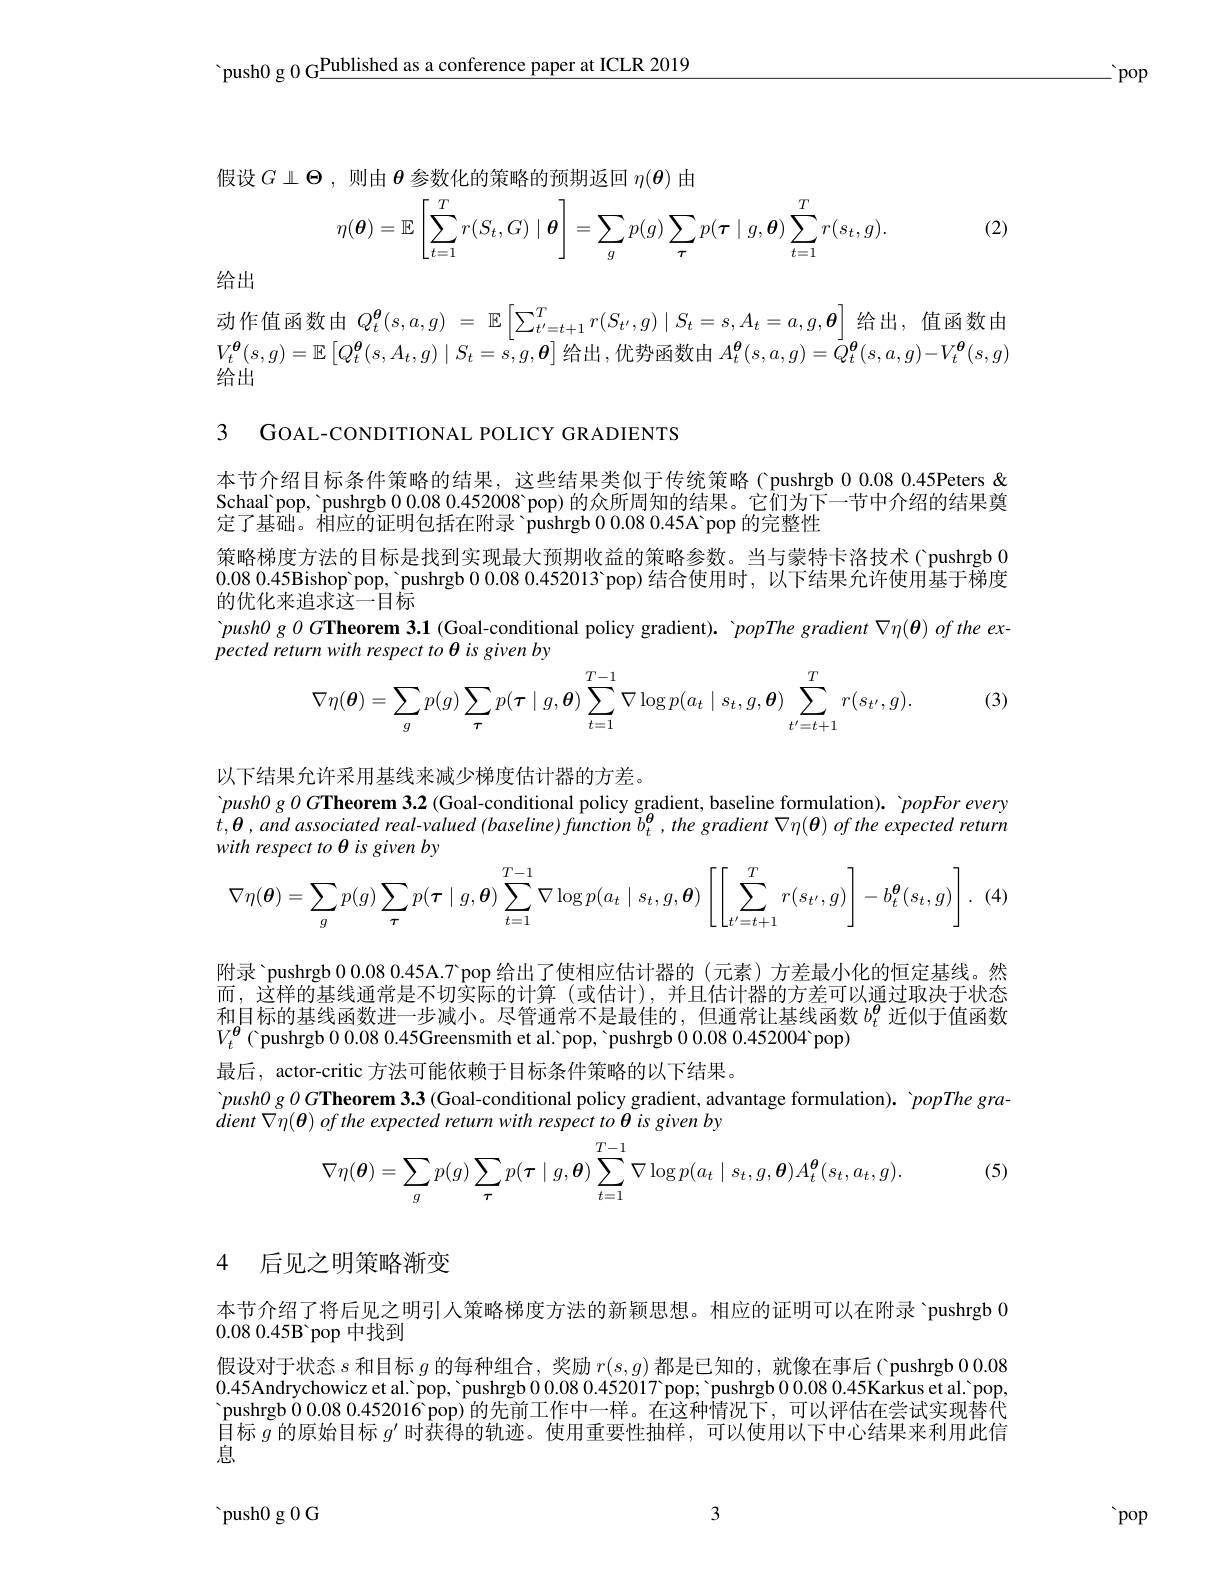
'push0 g 0 G$\underline\text{Published as a conference paper at ICLR 2019}$

$\therefore$pop

假设$G\perp\Theta$,则由$\theta$参数化的策略的预期返回 $\eta(\boldsymbol{\theta})$ 由

(2)
$$\eta(\boldsymbol{\theta})=\mathbb{E}\left[\sum_{t=1}^{T}r(S_{t},G)\mid\boldsymbol{\theta}\right]=\sum_{g}p(g)\sum_{\tau}p(\boldsymbol{\tau}\mid g,\boldsymbol{\theta})\sum_{t=1}^{T}r(s_{t},g).$$
给出

动作值函数由$Q_t^{\boldsymbol{\theta }}( s, a, g)$ = $\mathbb{E} \left [ \sum _{t^{\prime }= t+ 1}^Tr( S_{t^{\prime }}, g) \mid S_t= s, A_t= a, g, \boldsymbol{\theta }\right ]$给出，值函数由$V_{t}^{\boldsymbol{\theta}}(s,g)=\mathbb{E}\left[Q_{t}^{\boldsymbol{\theta}}(s,A_{t},g)\mid S_{t}=s,g,\boldsymbol{\theta}\right]$给出，优势函数由 $A_t^\boldsymbol{\theta}(s,a,g)=\overset{\downarrow}{\operatorname*{Q}}_{t}^{\boldsymbol{\theta}}(s,a,g)-V_{t}^{\boldsymbol{\theta}}(s,g)$ 给出

3 GOAL-CONDITIONAL POLICY GRADIENTS

本节介绍目标条件策略的结果，这些结果类似于传统策略( pushrgb 0.0.08 0.45Peters & Schaal'pop, 'pushrgb 0 0.08 0.452008 pop) 的众所周知的结果。它们为下一节中介绍的结果奠定了基础。相应的证明包括在附录 'pushrgb 0.08.45A'pop 的完整性
策略梯度方法的目标是找到实现最大预期收益的策略参数。当与蒙特卡洛技术( pushrgb 00.080.45Bishop[INDEX]pop,'pushrgb 0.0.080.452013 'pop)结合使用时，以下结果允许使用基于梯度的优化来追求这一目标
$push0gOG\textbf{Theorem 3. 1 ( Goal- conditional policy gradient) . }$ 'popThe gradient $\nabla\eta(\boldsymbol{\theta})oftheex$
pected return with respect to $\theta$ is given by
$$\nabla\eta(\boldsymbol{\theta})=\sum_{g}p(g)\sum_{\boldsymbol{\tau}}p(\boldsymbol{\tau}\mid g,\boldsymbol{\theta})\sum_{t=1}^{T-1}\nabla\log p(a_{t}\mid s_{t},g,\boldsymbol{\theta})\sum_{t^{\prime}=t+1}^{T}r(s_{t^{\prime}},g).$$
(3)

以下结果允许采用基线来减少梯度估计器的方差。
$\dot{p} ush0g0G\textbf{Theorem 3. 2 ( Goal- conditional policy gradient, baseline formulation) . ' popFor every}$ $\dot{t} , \boldsymbol{\theta }, and$ associated $real- valued$ $( baseline)$ function $b_{t}^{\boldsymbol{\theta }}$ $, the$ gradient $\nabla \eta ( \boldsymbol{\theta })$ $of$ the expected return with respect to θ is given by
$$\nabla\eta(\boldsymbol{\theta})=\sum_{g}p(g)\sum_{\tau}p(\tau\mid g,\boldsymbol{\theta})\sum_{t=1}^{T-1}\nabla\log p(a_{t}\mid s_{t},g,\boldsymbol{\theta})\left[\left[\sum_{t^{\prime}=t+1}^{T}r(s_{t^{\prime}},g)\right]-b_{t}^{\boldsymbol{\theta}}(s_{t},g)\right].$$
(4

附录 'pushrgb 0.08.0.45A.7 pop 给出了使相应估计器的(元素)方差最小化的恒定基线。然而，这样的基线通常是不切实际的计算(或估计),并且估计器的方差可以通过取决于状态和目标的基线函数进一步减小。尽管通常不是最佳的，但通常让基线函数$b_t^{\boldsymbol{\theta}}$近似于值函数$V_{t}^{\boldsymbol{\theta}}($ pushrgb 0.0.080.45Greensmith et al.'pop, 'pushrgb 0.08.452004 pop)
最后，actor-critic 方法可能依赖于目标条件策略的以下结果。
'push0 g $OG\textbf{Theorem 3. 3 ( Goal- conditional policy gradient, advantage formulation) . }$ 'popThe gra-
dient $\nabla \eta ( \boldsymbol{\theta })$ $of$ the expected return with respect $to$ $\theta$ $is$ given $by$
$$\nabla\eta(\boldsymbol{\theta})=\sum_{g}p(g)\sum_{\tau}p(\boldsymbol{\tau}\mid g,\boldsymbol{\theta})\sum_{t=1}^{T-1}\nabla\log p(a_{t}\mid s_{t},g,\boldsymbol{\theta})A_{t}^{\boldsymbol{\theta}}(s_{t},a_{t},g).$$
(5)

## 4 后见之明策略渐变

本节介绍了将后见之明引人策略梯度方法的新颖思想。相应的证明可以在附录 'pushrgb 0
0.080.45B'pop 中找到
假设对于状态$s$和目标$g$的每种组合，奖励$r(s,g)$都是已知的，就像在事后( pushrgb 0.080.45Andrychowicz et al'pop, 'pushrgb 0.08.0.452017 pop; 'pushrgb 0.0.08.0.45Karkus et al.'pop, pushrgb 0.0.080.452016 pop)的先前工作中一样。在这种情况下，可以评估在尝试实现替代目标$g$的原始目标$g^\prime$时获得的轨迹。使用重要性抽样，可以使用以下中心结果来利用此信息

3

 push0 g 0 G

 pop